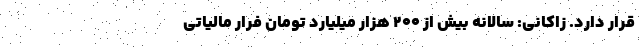
قرار دارد. زاکانی: سالانه بیش از ۲۰۰ هزار میلیارد تومان فرار مالیاتی